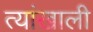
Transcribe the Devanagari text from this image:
त्यांखाली